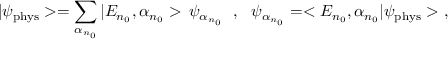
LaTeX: | \psi _ { \mathrm { p h y s } } > = \sum _ { \alpha _ { n _ { 0 } } } | E _ { n _ { 0 } } , \alpha _ { n _ { 0 } } > \, \psi _ { \alpha _ { n _ { 0 } } } \ \ , \ \ \psi _ { \alpha _ { n _ { 0 } } } = < E _ { n _ { 0 } } , \alpha _ { n _ { 0 } } | \psi _ { \mathrm { p h y s } } > \ ,